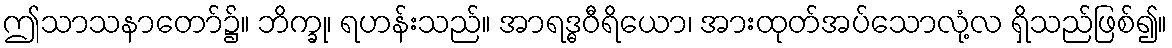
ဤသာသနာတော်၌။ ဘိက္ခု၊ ရဟန်းသည်။ အာရဒ္ဓဝီရိယော၊ အားထုတ်အပ်သောလုံ့လ ရှိသည်ဖြစ်၍။